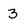
Character: 3